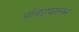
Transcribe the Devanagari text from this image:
प्रतिष्ठाशासन